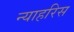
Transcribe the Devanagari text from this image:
न्याहरिस